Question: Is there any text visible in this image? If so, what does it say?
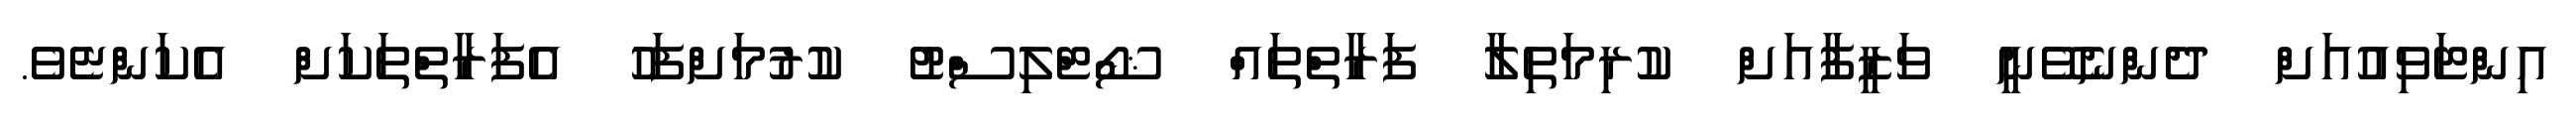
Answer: އިންޓަވިއުއަށް ދެންނެވޭނީ ވަޒީފާއަށް ކުރިމަތިލާ ފަރާތްތައް ޝޯޓްލިސްޓު ކުރުމަށްފަހު އެފަރާތްތަކަށް އެކަންޏެވެ.